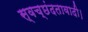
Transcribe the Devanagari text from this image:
स्वच्छंदतावादी।